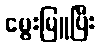
မွေးမြူပြီး